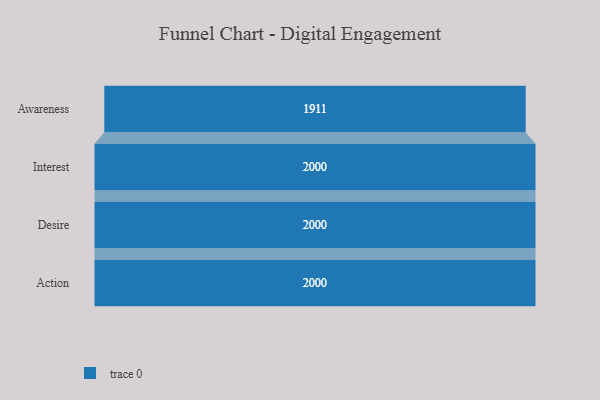
{"axis": {"x": "Stage", "y": "Value"}, "legend": [""], "data": [{"x": "Awareness", "y": 1911.0, "type": ""}, {"x": "Interest", "y": 2000, "type": ""}, {"x": "Desire", "y": 2000, "type": ""}, {"x": "Action", "y": 2000, "type": ""}]}